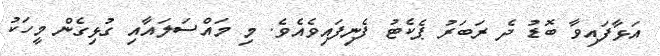
އަޅާފައިވާ ބޮޑު ދެ ރަބަރު ޕެކެޓު ފެނިފައިވެއެވެ. މި މައްސަލައާއި ގުޅިގެން މީހަކު